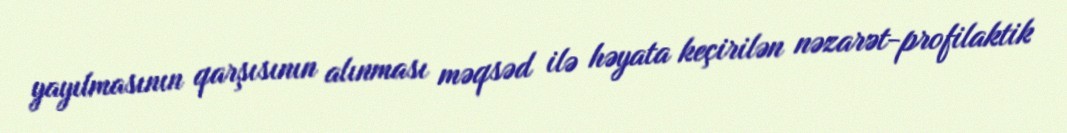
yayılmasının qarşısının alınması məqsəd ilə həyata keçirilən nəzarət-profilaktik